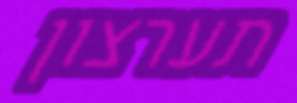
תערצון